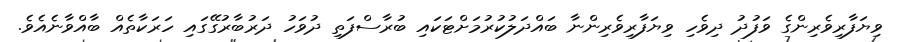
ވިޔަފާރިވެރިންގެ ވަފުދު ދިވެހި ވިޔަފާރިވެރިންނާ ބައްދަލުކުރުމަށްޓަކައި ބުރާސްފަތި ދުވަހު ދަރުބާރުގޭގައި ހަރަކާތެއް ބާއްވާނެއެވެ.